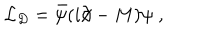
LaTeX: { \cal L } _ { D } = \bar { \psi } ( i \partial \! \! \! / - M ) \psi \; ,